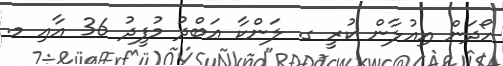
ހޯދަން އިއުލާން ކުރީ ގ. ލަންކާ ޢަބްދު މުފީދު 36 އާއި މ.